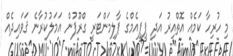
މި ހުރިހާ ކަމެއް އޮތްއިރު އަދި ޕީޕީއެމްގެ ޕާލިމަންޓަރީ ގްރޫޕުން އަމަލުކުރާނެ ޤަވައިދެއް